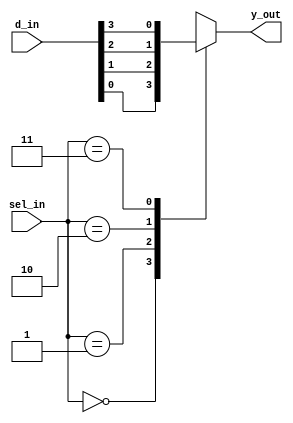
`timescale 1ns / 1ps

module mux_4to1_case(
input[3:0] d_in,
input[1:0] sel_in,
output reg y_out);

always@(*)
begin
 case(sel_in)
 2'b00 :y_out=d_in[0];
 2'b01 :y_out=d_in[1];
 2'b10 :y_out=d_in[2];
 2'b11 :y_out=d_in[3];
 endcase
 end
endmodule